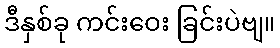
ဒီနှစ်ခု ကင်းဝေး ခြင်းပဲဗျ။